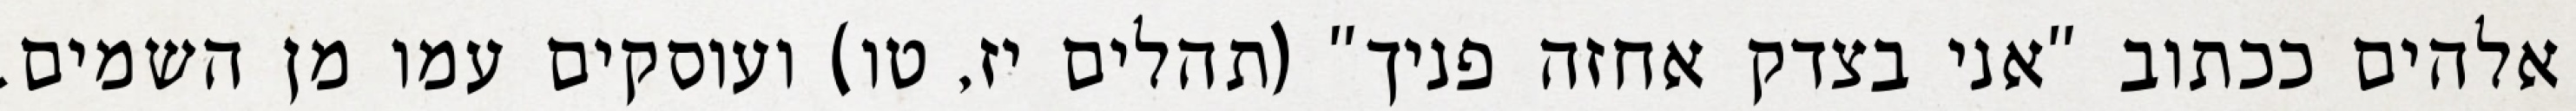
אלהים ככתוב "אני בצדק אחזה פניך" (תהלים יז, טו) ועוסקים עמו מן השמים.